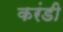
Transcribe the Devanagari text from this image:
करंडी